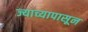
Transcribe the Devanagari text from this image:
ज्याच्यापासून